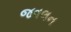
જવલન